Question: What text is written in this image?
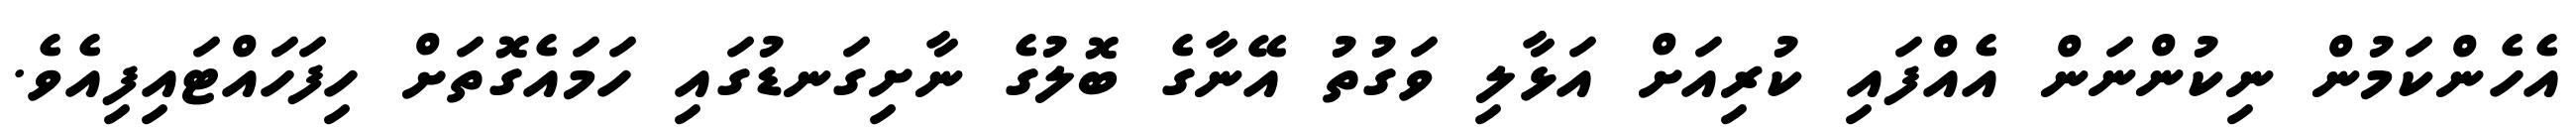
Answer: އެހެންކަމުން ނިކުންނަން އެއްފައި ކުރިއަށް އަޅާލި ވަގުތު އޭނާގެ ބޮލުގެ ނާށިގަނޑުގައި ހަމައެގޮތަށް ހިފަހައްޓައިފިއެވެ.